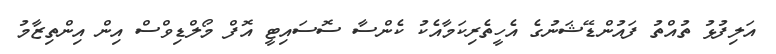
އަލިފުޅު ތުއްތު ފައުންޑޭޝަނުގެ އެހީތެރިކަމާއެކު ކެންސާ ސޮސައިޓީ އޮފް މޯލްޑިވްސް އިން އިންތިޒާމު